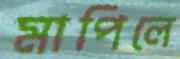
মাপিলে